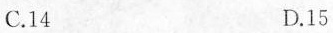
C.14 D.15